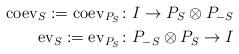
LaTeX: \begin{align*} \mathrm{coev}_S:=\mathrm{coev}_{P_{S}} \colon& I \to P_{S} \otimes P_{-S} \\ \mathrm{ev}_{S}:=\mathrm{ev}_{P_S} \colon& P_{-S} \otimes P_{S} \to I \end{align*}